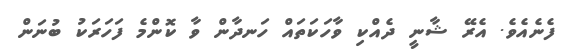
ފެނެއެވެ. އެރޭ ޝާނީ ދެއްކި ވާހަކަތައް ހަނދާން ވާ ކޮންމެ ފަހަރަކު ބުނަން